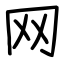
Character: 网